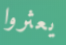
يعثروا